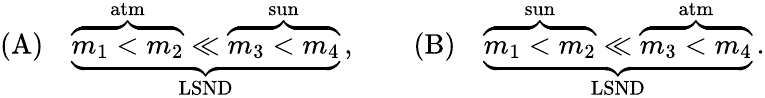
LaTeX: (\mathrm{A})\quad\underbrace{\overbrace{m_{1}<m_{2}}^{\mathrm{atm}}\ll\overbrace{m_{3}<m_{4}}^{\mathrm{sun}}}_{\mathrm{LSND}}\, ,\qquad(\mathrm{B})\quad\underbrace{\overbrace{m_{1}<m_{2}}^{\mathrm{sun}}\ll\overbrace{m_{3}<m_{4}}^{\mathrm{atm}}}_{\mathrm{LSND}}\, .